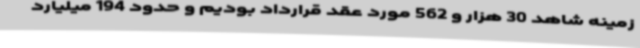
زمینه شاهد 30 هزار و 562 مورد عقد قرارداد بودیم و حدود 194 میلیارد